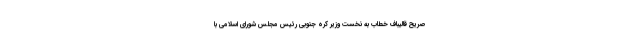
صریح قالیباف خطاب به نخست وزیر کره جنوبی رئیس مجلس شورای اسلامی با